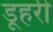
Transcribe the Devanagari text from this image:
डूहरी